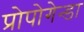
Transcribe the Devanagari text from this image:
प्रोपोगेन्डा